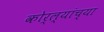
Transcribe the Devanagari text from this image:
कोर्ल्यांच्या